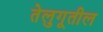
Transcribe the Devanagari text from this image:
तेलुगूतील